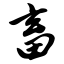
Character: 畜